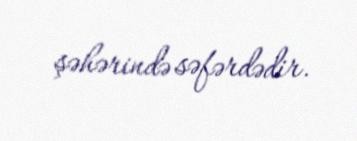
şəhərində səfərdədir.